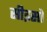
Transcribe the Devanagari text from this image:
सीइसो